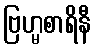
ဗြဟ္မစာရိနီ